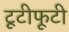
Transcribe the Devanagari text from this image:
टूटीफूटी